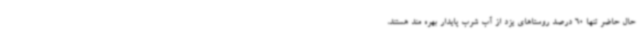
حال حاضر تنها 60 درصد روستاهای یزد از آب شرب پایدار بهره مند هستند،